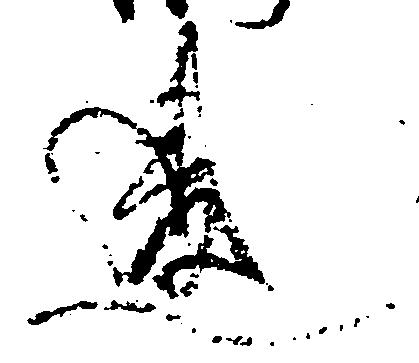
違